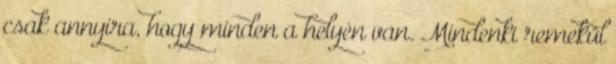
csak annyira, hogy minden a helyén van. Mindenki remekül